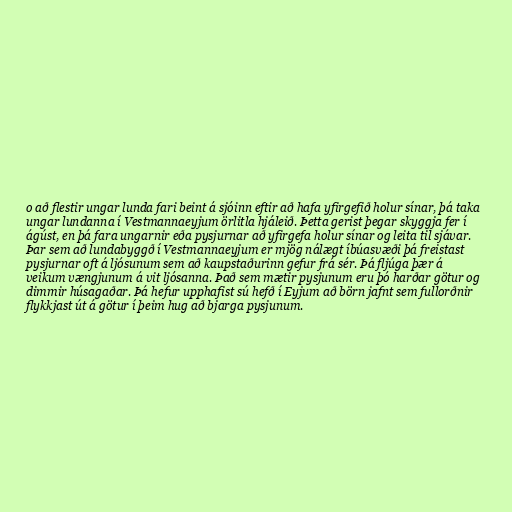
o að flestir ungar lunda fari beint á sjóinn eftir að hafa yfirgefið holur sínar, þá taka
ungar lundanna í Vestmannaeyjum örlitla hjáleið. Þetta gerist þegar skyggja fer í
ágúst, en þá fara ungarnir eða pysjurnar að yfirgefa holur sínar og leita til sjávar.
Þar sem að lundabyggð í Vestmannaeyjum er mjög nálægt íbúasvæði þá freistast
pysjurnar oft á ljósunum sem að kaupstaðurinn gefur frá sér. Þá fljúga þær á
veikum vængjunum á vit ljósanna. Það sem mætir pysjunum eru þó harðar götur og
dimmir húsagaðar. Þá hefur upphafist sú hefð í Eyjum að börn jafnt sem fullorðnir
flykkjast út á götur í þeim hug að bjarga pysjunum.